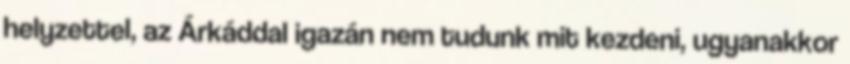
helyzettel, az Árkáddal igazán nem tudunk mit kezdeni, ugyanakkor